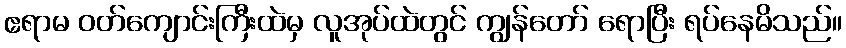
ဧရာမ ဝတ်ကျောင်းကြီးထဲမှ လူအုပ်ထဲတွင် ကျွန်တော် ရောပြီး ရပ်နေမိသည်။